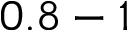
0 . 8 - 1